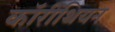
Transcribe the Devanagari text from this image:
कॉरींथियन